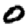
Digit: 0